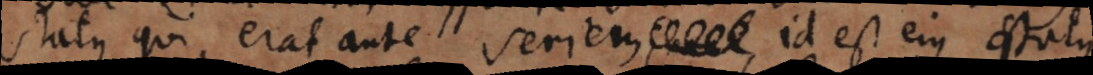
status qui erat ante seriem, id est ejus status